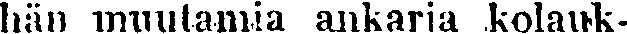
hän muutamia ankaria kolauk-